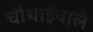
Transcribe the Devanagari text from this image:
चौथाईवाले